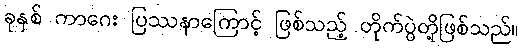
ခုနှစ် ကာဂေး ပြဿနာကြောင့် ဖြစ်သည့် တိုက်ပွဲတို့ဖြစ်သည်။